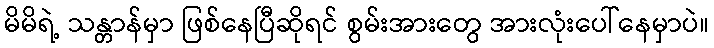
မိမိရဲ့ သန္တာန်မှာ ဖြစ်နေပြီဆိုရင် စွမ်းအားတွေ အားလုံးပေါ်နေမှာပဲ။